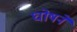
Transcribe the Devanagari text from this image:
घोषने